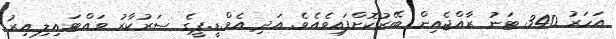
އަހަރު 340 ޓަނު ރާއްޖެއިން ބޭރުކޮށްފައިވެއެވެ. އަދި އެމް.ޑީ.ޕީގެ ސަރުކާރު ވައްޓައިލި އިރު